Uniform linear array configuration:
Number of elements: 4
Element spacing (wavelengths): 0.75
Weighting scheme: hamming
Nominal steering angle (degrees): -60
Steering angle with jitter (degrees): -58.539
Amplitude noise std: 0.05
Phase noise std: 0.05

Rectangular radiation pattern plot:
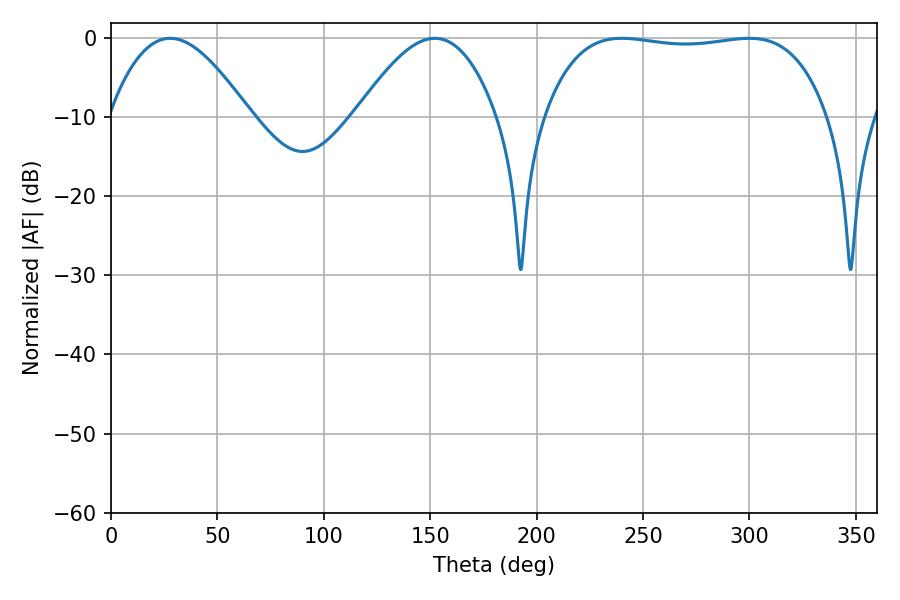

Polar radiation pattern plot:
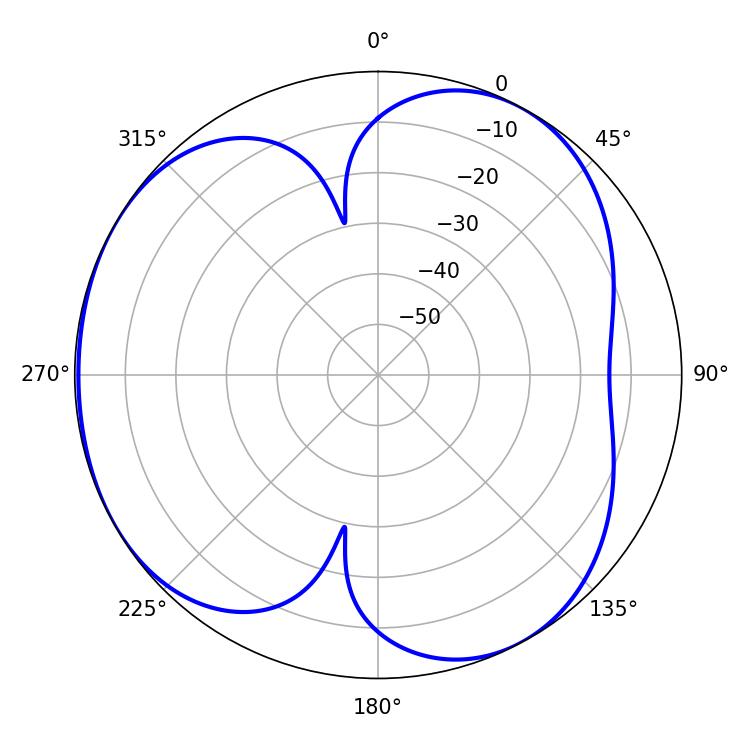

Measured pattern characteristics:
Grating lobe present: TRUE
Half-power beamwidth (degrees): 105.84
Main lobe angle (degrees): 240.12